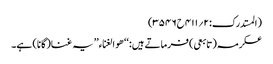
(المستدرک:۲؍۴۱۱ح۳۵۴۶)
عکرمہ(تابعی) فرماتے ہیں:‘‘ ھو الغناء’’ یہ غنا(گانا) ہے۔